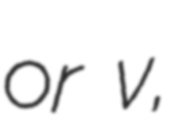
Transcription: or v,